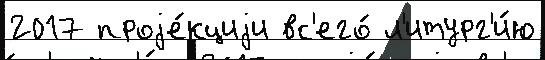
2017 проjе́кциjи вс'его́ л'итург'и́ю